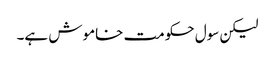
لیکن سول حکومت خاموش ہے۔